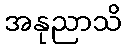
အနုညာသိ